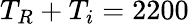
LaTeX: T_{R}+T_{i}=2200